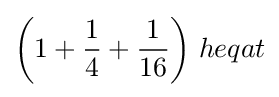
{\bigg (}1+{\frac {1}{4}}+{\frac {1}{16}}{\bigg )}\;heqat